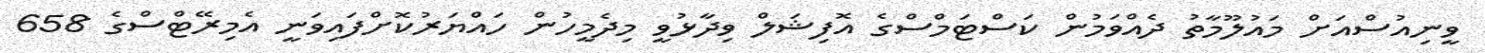
ވީނިއުސްއަށް މައުލޫމާތު ދެއްވަމުން ކަސްޓަމްސްގެ އޮފިޝަލް ވިދާޅުވީ މިދެމީހުން ހައްޔަރުކޮށްފައިވަނީ އެމިރޭޓްސްގެ 658